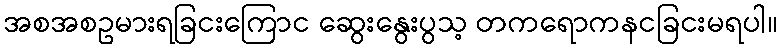
အစအစဥမားရခြငးကြောင ဆွေးနွေးပွသ့ တကရောကနငခြငးမရပါ။